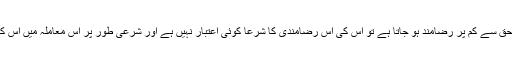
یعنی اگر کوئی شخص کسی معاملہ میں مجبوری اور اضطرار کی وجہ سے اپنے حق سے کم پر رضامند ہو جاتا ہے تو اس کی اس رضامندی کا شرعاً کوئی اعتبار نہیں ہے اور شرعی طور پر اس معاملہ میں اس کا وہی حق بنتا ہے جو اس کی محنت یا عمل کے لیے معروف طور پر ہونا چاہیے۔